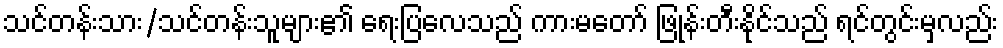
သင်တန်းသား/သင်တန်းသူများ၏ ရေးပြလေသည် ကားမတော် ဖြုန်းတီးနိုင်သည် ရင်တွင်းမှလည်း